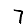
Digit: 7